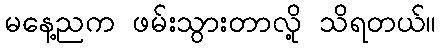
မနေ့ညက ဖမ်းသွားတာလို့ သိရတယ်။